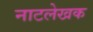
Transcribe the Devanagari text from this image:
नाटलेखक